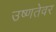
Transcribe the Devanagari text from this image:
उष्णतेवर